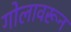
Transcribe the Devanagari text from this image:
गोलावरून